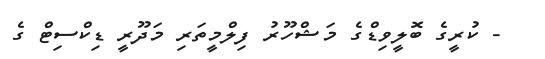
- ކުރީގެ ބޮލީވިޑްގެ މަޝްހޫރު ފިލްމީތަރި މަދޫރީ ޑިކްސިޓް ގެ